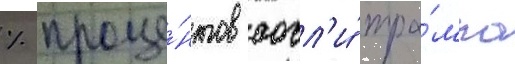
% проце́нтов сочл'и́ тра́мпа